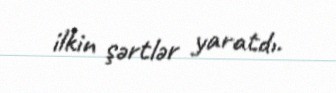
ilkin şərtlər yaratdı.